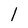
Character: l